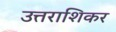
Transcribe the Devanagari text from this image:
उत्तराशिकर